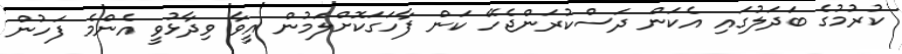
ކުރުމުގެ ބަދަލުގައި އެކަން ދަސްކުރަންޖެހޭ ކަން ފާހަގަކޮށްލަމުން އީވާ ވިދާޅުވީ އެންމެ ފަހުން